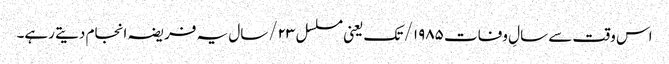
اس وقت سے سالِ وفات ۱۹۸۵/ تک یعنی مسلسل ۲۳/سال یہ فریضہ انجام دیتے رہے۔